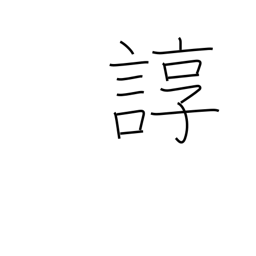
Meaning: tedious